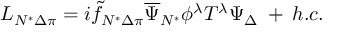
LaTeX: { \cal L } _ { N ^ { * } \Delta \pi } = i \tilde { f } _ { N ^ { * } \Delta \pi } \overline { { { \Psi } } } _ { N ^ { * } } \phi ^ { \lambda } T ^ { \lambda } { \Psi } _ { \Delta } \: + \: h . c .